Leprosy in India: report of the Leprosy Commission in India, 1890-91
Year: 1890
Disease focus: Leprosy
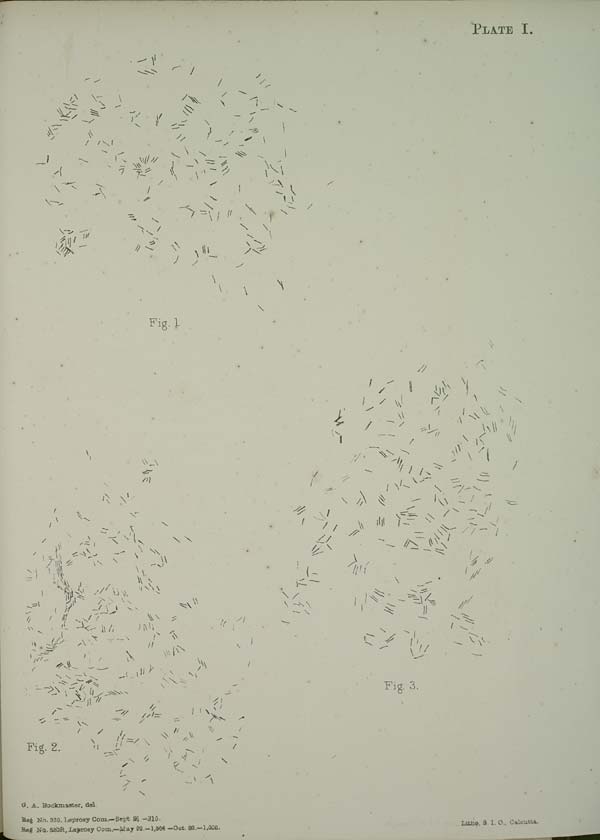
PLATE I.
Fig. 1.
Fig. 3.
Fig. 2.
G. A. Buckmaster, del.
Reg No. 320, Leprosy Com.—Sept 91 —310.
Reg No. 520R, Leprosy Com.—May 92.—1,004 —Oct. 92.—1,000.
Litho, S. I. O., Calcutta.